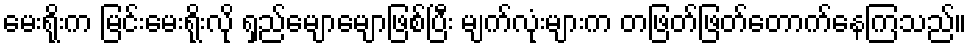
မေးရိုးက မြင်းမေးရိုးလို ရှည်မျောမျောဖြစ်ပြီး မျက်လုံးများက တဖြတ်ဖြတ်တောက်နေကြသည်။